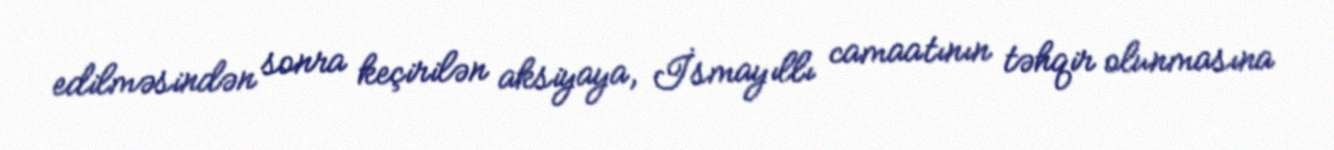
edilməsindən sonra keçirilən aksiyaya, İsmayıllı camaatının təhqir olunmasına